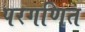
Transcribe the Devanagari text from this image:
परगणित